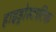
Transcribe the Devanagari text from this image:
हाइड्रोस्टाटिक